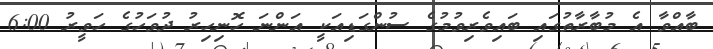
ބާއްވާ އެ މުބާރާތުގައި ބައިވެރިވުމުގެ ސުންގަޑިއަކީ އަންނަ ހޮނިހިރު ދުވަހުގެ ހަވީރު 6:00